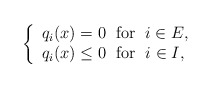
\begin{align*}\left\{\begin{array}{l}q_i(x)=0\;\mbox{ for }\;i\in E,\\q_i(x)\le 0\;\mbox{ for }\;i\in I,\end{array}\right.\end{align*}